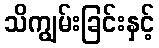
သိကျွမ်းခြင်းနှင့်